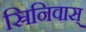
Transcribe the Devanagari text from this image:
स्रिनिवास्